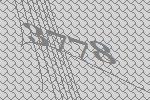
3778